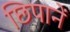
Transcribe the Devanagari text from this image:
छिपानें